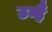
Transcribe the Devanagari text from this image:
उन्हैं